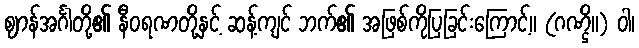
ဈာန်အင်္ဂါတို့၏ နီဝရဏတို့နှင့် ဆန့်ကျင် ဘက်၏ အဖြစ်ကိုပြခြင်းကြောင့်။ (ဂဏ္ဌိ။) ဝါ၊